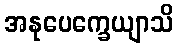
အနုပေက္ခေယျာသိ